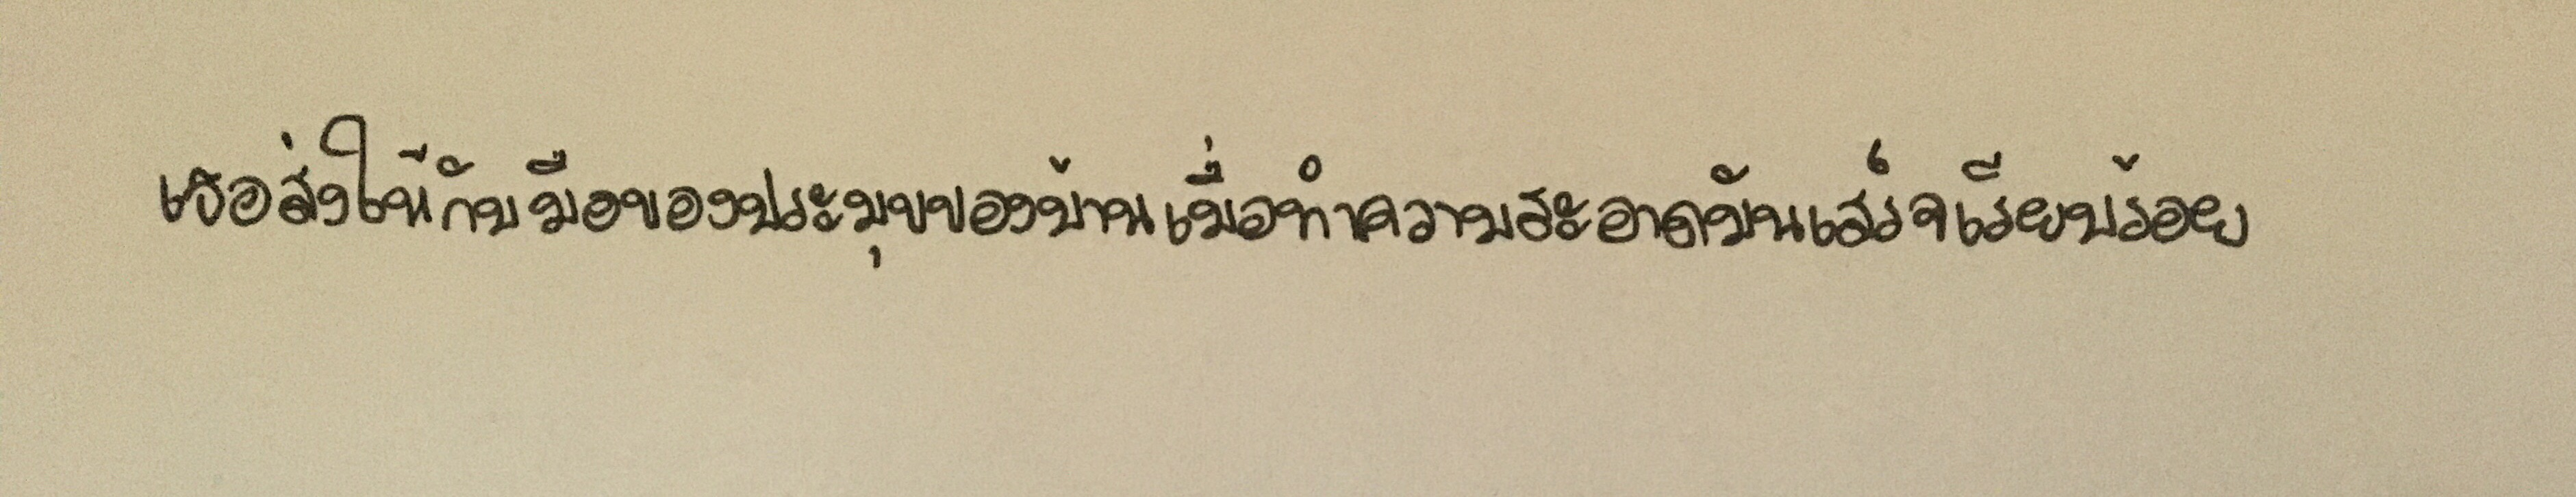
เธอส่งให้กับมือของประมุขของบ้านเมื่อทำความสะอาดมันเสร็จเรียบร้อย